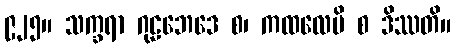
၉၂၅။ သက္ခရာ ဂုဠဘေဒေ စ၊ ကထလေပိ စ ဒိဿတိ။